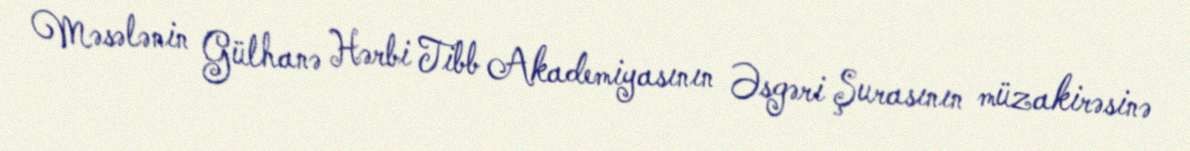
Məsələnin Gülhanə Hərbi Tibb Akademiyasının Əsgəri Şurasının müzakirəsinə